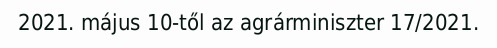
2021. május 10-től az agrárminiszter 17/2021.